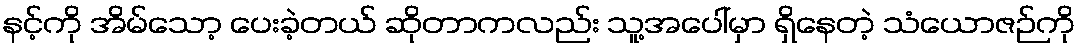
နင့်ကို အိမ်သော့ ပေးခဲ့တယ် ဆိုတာကလည်း သူ့အပေါ်မှာ ရှိနေတဲ့ သံယောဇဉ်ကို